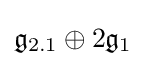
{\mathfrak {g}}_{2.1}\oplus 2{\mathfrak {g}}_{1}